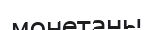
монетаны